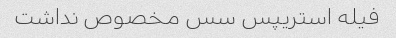
فیله استریپس سس مخصوص نداشت